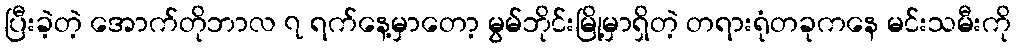
ပြီးခဲ့တဲ့ အောက်တိုဘာလ ၇ ရက်နေ့မှာတော့ မွမ်ဘိုင်းမြို့မှာရှိတဲ့ တရားရုံတခုကနေ မင်းသမီးကို